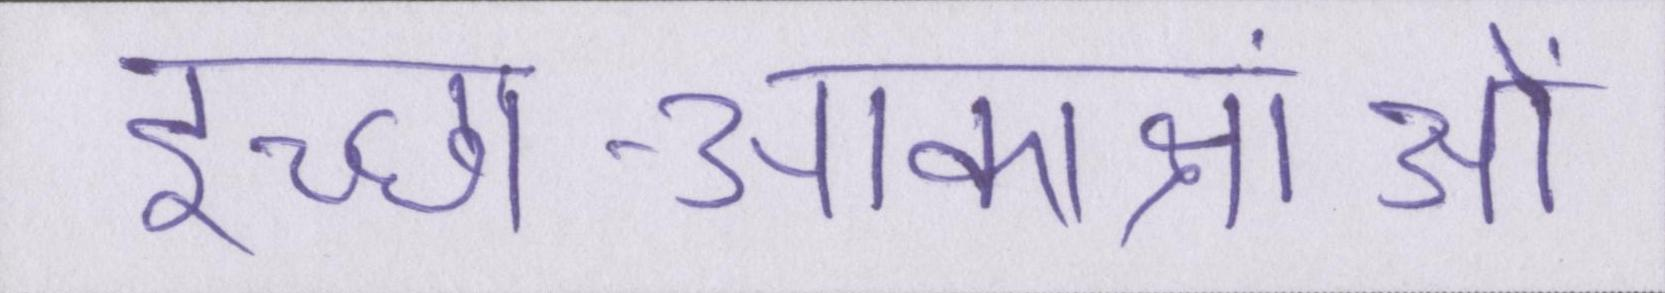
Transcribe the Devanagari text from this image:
इच्छा-आकांक्षाओं